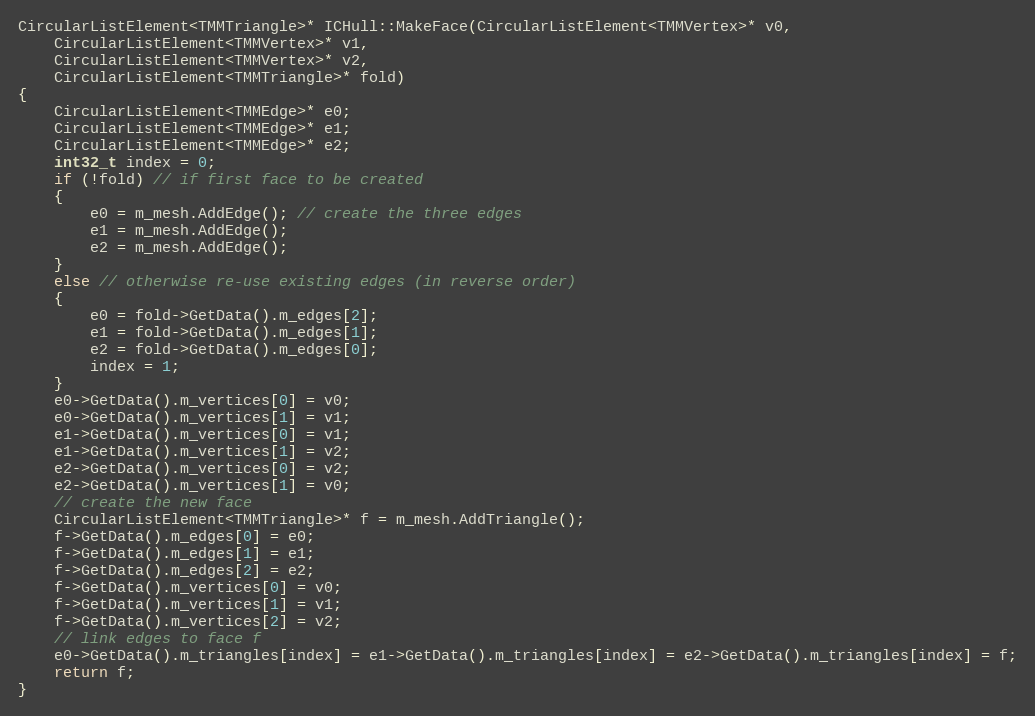
Language: C++
CircularListElement<TMMTriangle>* ICHull::MakeFace(CircularListElement<TMMVertex>* v0,
    CircularListElement<TMMVertex>* v1,
    CircularListElement<TMMVertex>* v2,
    CircularListElement<TMMTriangle>* fold)
{
    CircularListElement<TMMEdge>* e0;
    CircularListElement<TMMEdge>* e1;
    CircularListElement<TMMEdge>* e2;
    int32_t index = 0;
    if (!fold) // if first face to be created
    {
        e0 = m_mesh.AddEdge(); // create the three edges
        e1 = m_mesh.AddEdge();
        e2 = m_mesh.AddEdge();
    }
    else // otherwise re-use existing edges (in reverse order)
    {
        e0 = fold->GetData().m_edges[2];
        e1 = fold->GetData().m_edges[1];
        e2 = fold->GetData().m_edges[0];
        index = 1;
    }
    e0->GetData().m_vertices[0] = v0;
    e0->GetData().m_vertices[1] = v1;
    e1->GetData().m_vertices[0] = v1;
    e1->GetData().m_vertices[1] = v2;
    e2->GetData().m_vertices[0] = v2;
    e2->GetData().m_vertices[1] = v0;
    // create the new face
    CircularListElement<TMMTriangle>* f = m_mesh.AddTriangle();
    f->GetData().m_edges[0] = e0;
    f->GetData().m_edges[1] = e1;
    f->GetData().m_edges[2] = e2;
    f->GetData().m_vertices[0] = v0;
    f->GetData().m_vertices[1] = v1;
    f->GetData().m_vertices[2] = v2;
    // link edges to face f
    e0->GetData().m_triangles[index] = e1->GetData().m_triangles[index] = e2->GetData().m_triangles[index] = f;
    return f;
}